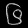
Digit: ၆